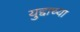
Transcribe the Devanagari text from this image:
युद्दाच्या